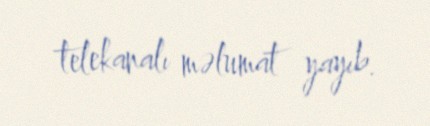
telekanalı məlumat yayıb.